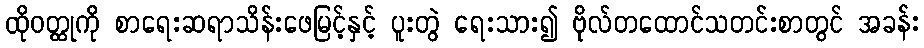
ထိုဝတ္ထုကို စာရေးဆရာသိန်းဖေမြင့်နှင့် ပူးတွဲ ရေးသား၍ ဗိုလ်တထောင်သတင်းစာတွင် အခန်း